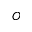
O